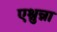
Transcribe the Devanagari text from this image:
एश्नुन्ना